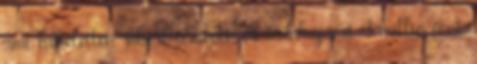
ami hihetetlen sikert aratott, és munkájáért 3 millió font